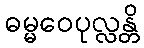
ဓမ္မဝေပုလ္လန္တိ